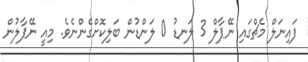
ފައިނަލް މެޗްގައި ނޭޕާލް 3 ލަނޑު 0 ލަންޑުން ބަލިކޮށްގެންނެވެ. މިއީ ނޭޕާލުން